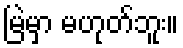
မြဲမှာ မဟုတ်ဘူး။